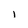
Character: i